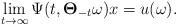
LaTeX: \begin{align*}\lim_{ t \to \infty} \Psi(t, \mathbf{\Theta}_{-t} \omega) x = u( \omega).\end{align*}